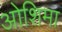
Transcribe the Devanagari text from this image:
ओशिमा